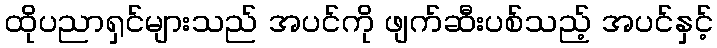
ထိုပညာရှင်များသည် အပင်ကို ဖျက်ဆီးပစ်သည့် အပင်နှင့်